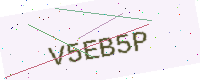
Text: V5EB5P